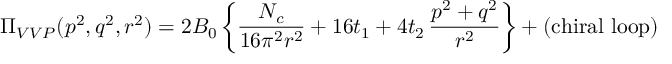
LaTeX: \Pi _ { V V P } ( p ^ { 2 } , q ^ { 2 } , r ^ { 2 } ) = 2 B _ { 0 } \left\{ { \frac { N _ { c } } { 1 6 \pi ^ { 2 } r ^ { 2 } } } + 1 6 t _ { 1 } + 4 t _ { 2 } \, { \frac { p ^ { 2 } + q ^ { 2 } } { r ^ { 2 } } } \right\} + ( \mathrm { c h i r a l \ l o o p } )